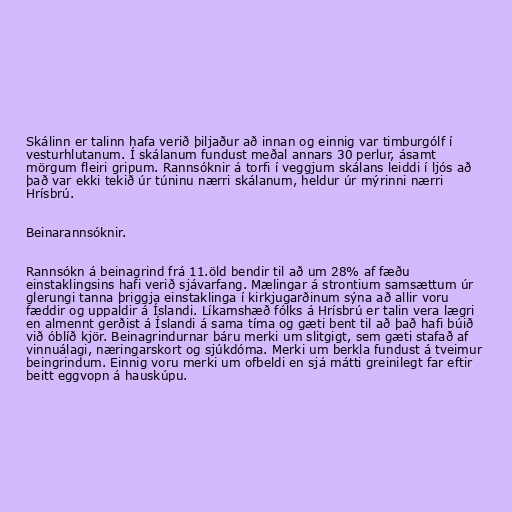
Skálinn er talinn hafa verið þiljaður að innan og einnig var timburgólf í
vesturhlutanum. Í skálanum fundust meðal annars 30 perlur, ásamt
mörgum fleiri gripum. Rannsóknir á torfi í veggjum skálans leiddi í ljós að
það var ekki tekið úr túninu nærri skálanum, heldur úr mýrinni nærri
Hrísbrú.

Beinarannsóknir.

Rannsókn á beinagrind frá 11.öld bendir til að um 28% af fæðu
einstaklingsins hafi verið sjávarfang. Mælingar á strontium samsættum úr
glerungi tanna þriggja einstaklinga í kirkjugarðinum sýna að allir voru
fæddir og uppaldir á Íslandi. Líkamshæð fólks á Hrísbrú er talin vera lægri
en almennt gerðist á Íslandi á sama tíma og gæti bent til að það hafi búið
við óblíð kjör. Beinagrindurnar báru merki um slitgigt, sem gæti stafað af
vinnuálagi, næringarskort og sjúkdóma. Merki um berkla fundust á tveimur
beingrindum. Einnig voru merki um ofbeldi en sjá mátti greinilegt far eftir
beitt eggvopn á hauskúpu.